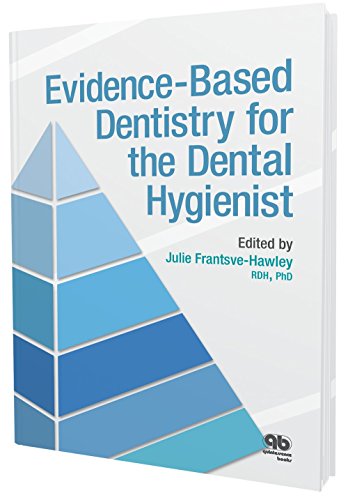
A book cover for Evidence-Based Dentistry for the Dental Hygienist; Julie Frantsve-Hawley; Medical Books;